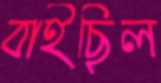
বাইছিল